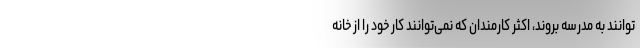
توانند به مدرسه بروند، اکثر کارمندان که نمی‌توانند کار خود را از خانه